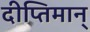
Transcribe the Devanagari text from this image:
दीप्तिमान्